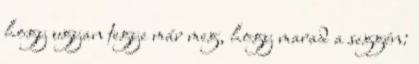
hogy ugyan tegye már meg, hogy marad a seggén: